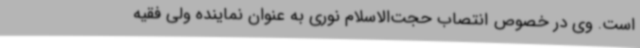
است. وی در خصوص انتصاب حجت‌الاسلام نوری به عنوان نماینده ولی فقیه